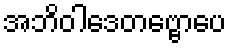
အဘိဝါဒေတဗ္ဗောပေ